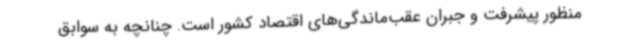
منظور پیشرفت و جبران عقب‌ماندگی‌های اقتصاد کشور است. چنانچه به سوابق